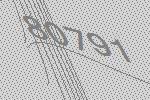
80791